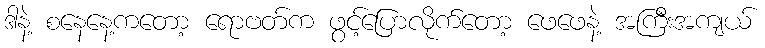
ဒါနဲ့ စနေနေ့ကတော့ ရောဗတ်က ဖွင့်ပြောလိုက်တော့ ဖေဖေနဲ့ အကြီးအကျယ်